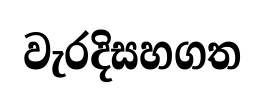
වැරදිසහගත